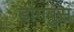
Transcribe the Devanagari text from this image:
डोमबुस